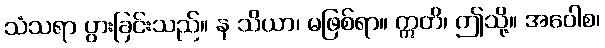
သံသရာ ပွားခြင်းသည်။ န သိယာ၊ မဖြစ်ရာ။ ဣတိ၊ ဤသို့။ အဝေါစ၊